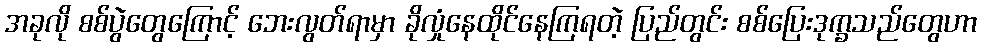
အခုလို စစ်ပွဲတွေကြောင့် ဘေးလွတ်ရာမှာ ခိုလှုံနေထိုင်နေကြရတဲ့ ပြည်တွင်း စစ်ပြေးဒုက္ခသည်တွေဟာ